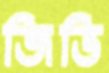
জিভি